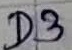
Text: D3